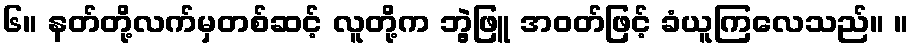
၆။ နတ်တို့လက်မှတစ်ဆင့် လူတို့က ဘွဲ့ဖြူ အဝတ်ဖြင့် ခံယူကြလေသည်။ ။